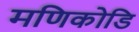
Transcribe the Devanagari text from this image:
मणिकोडि